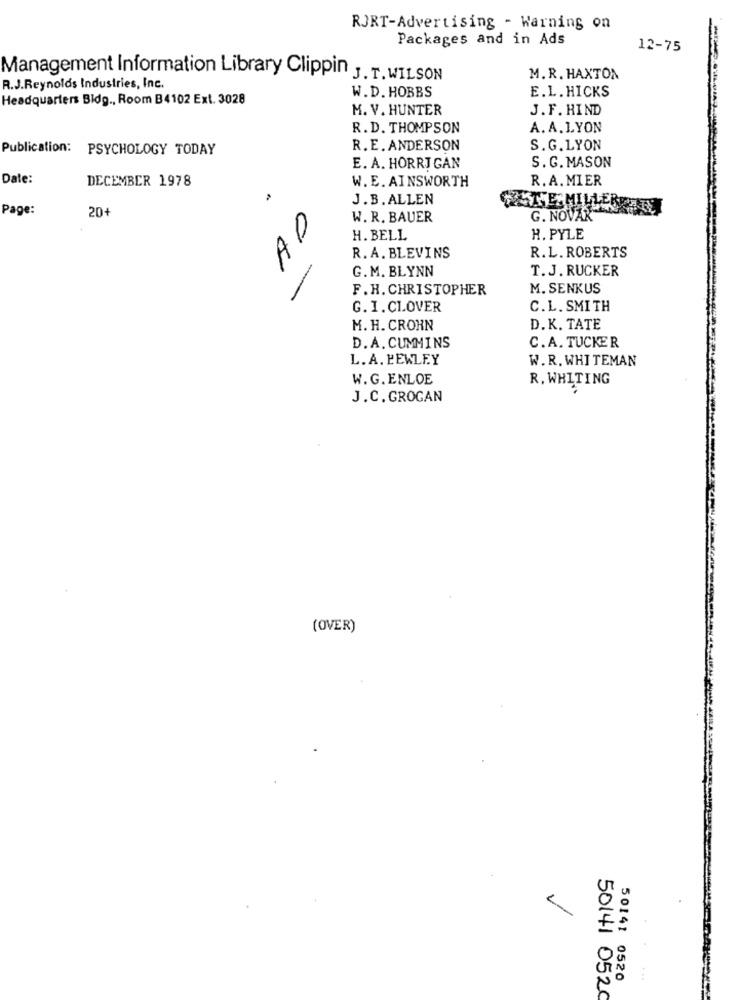
RJRT-Advertising - Warning on
Packages and in Ads
12-75
Management Information Library Clippin J. T. WILSON
M. R. HAXTON
R.J.Reynolds Industries, Inc.
W.D. HOBBS
E.L. HICKS
Headquarters Bidg ., Room B4102 Ext. 3028
M. V. HUNTER
J.F. HIND
R.D. THOMPSON
A. A. LYON
Publication: PSYCHOLOGY TODAY
R. E. ANDERSON
S.G.LYON
E. A. HORRI GAN
S. G. MASON
Date:
DECEMBER 1978
W. E. AINSWORTH
R. A. MIER
J.B. ALLEN
Page:
20+
AD
W. R. BAUER
G. NOVAK"
H. BELL
H. PYLE
R. A. BLEVINS
R.L. ROBERTS
G. M. BLYNN
T. J. RUCKER
F. H. CHRISTOPHER
M. SENKUS
-
G. I. CLOVER
C.L. SMITH
M. H. CROHN
D.K. TATE
C.A. TUCKER
D.A. CUMMINS
L. A. PEWLEY
W. R. WHITEMAN
W.G. ENLOE
R. WHITING
J.C. GROGAN
(OVER)
50141 0520
5014/ 0520